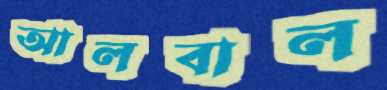
আলবাল